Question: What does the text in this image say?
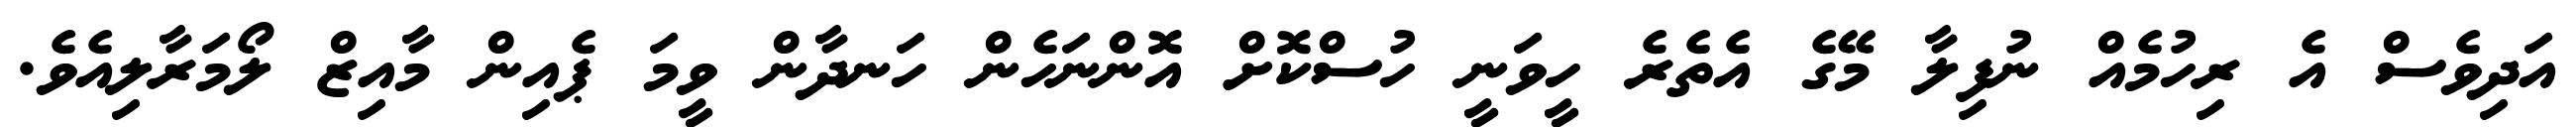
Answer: އަދިވެސް އެ ރިހުމެއް ނުފިލާ މޭގެ އެތެރެ ހީވަނީ ހުސްކޮށް އޮންނަހެން ހަނދާން ވީމަ ޕެއިން މާއިޒް ލޯމަރާލިއެވެ.